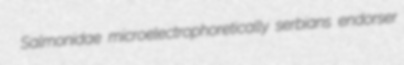
Salmonidae microelectrophoretically serbians endorser